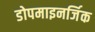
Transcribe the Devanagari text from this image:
डोपमाइनर्जिक